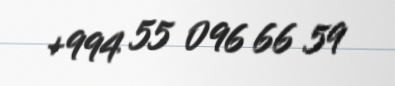
+994 55 096 66 59